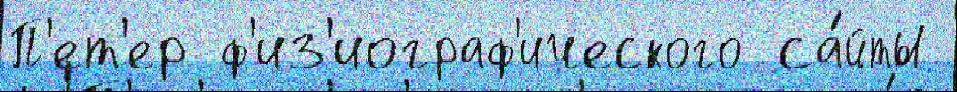
П'ет'ер ф'из'иограф'ического са́йты